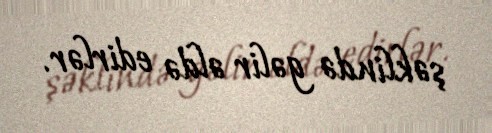
şəklində gəlir əldə edirlər.